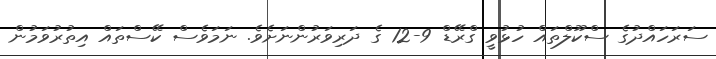
ސަރަހައްދުގެ ސްކޫލްތައް ހުޅުވީ ގްރޭޑް 9-12 ގެ ދަރިވަރުންނަށެވެ. ނަމަވެސް ކޭސްތައް އިތުރުވަމުން